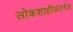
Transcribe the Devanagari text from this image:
लोकशाहीअंतर्गत